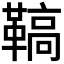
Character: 𩌡